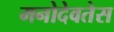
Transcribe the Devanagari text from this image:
मनोदेवतेस